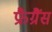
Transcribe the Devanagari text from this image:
फ्रैग्रैंस